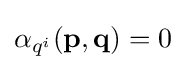
\alpha _{q^{i}}(\mathbf {p} ,\mathbf {q} )=0